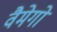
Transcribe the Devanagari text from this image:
वैमेगो